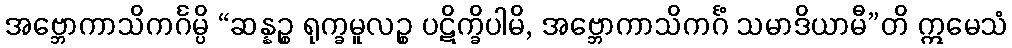
အဗ္ဘောကာသိကင်္ဂမ္ပိ “ဆန္နဉ္စ ရုက္ခမူလဉ္စ ပဋိက္ခိပါမိ, အဗ္ဘောကာသိကင်္ဂံ သမာဒိယာမီ”တိ ဣမေသံ